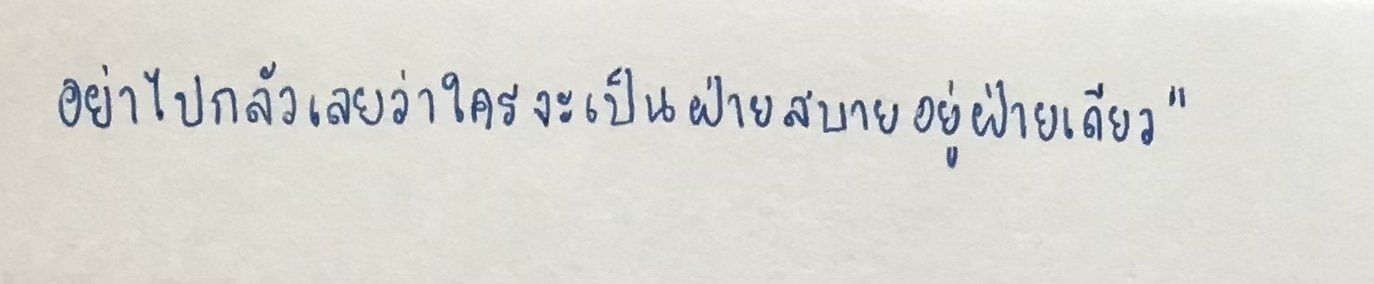
อย่าไปกลัวเลยว่าใครจะเป็นฝ่ายสบายอยู่ฝ่ายเดียว"